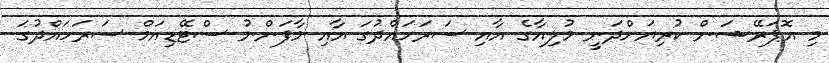
މި އޮޕަރޭޝަން ކުރިޔަށްދަނީ މުލިއާގެ އާއި ސަރަހައްދުގަ އާއި މާފަންނު ސްޓޭޑިއަމް ސަރަހައްދުގަ